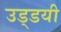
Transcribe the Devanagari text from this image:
उड्डयी